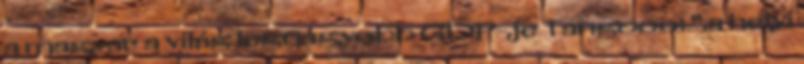
a magyar a világ legnagyobb GDP-je Tangooo: ".a helyi